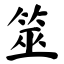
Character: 筮